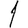
Digit: 1